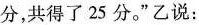
分，共得了25分。”乙说：